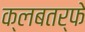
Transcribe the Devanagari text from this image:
क्लबतर्फे